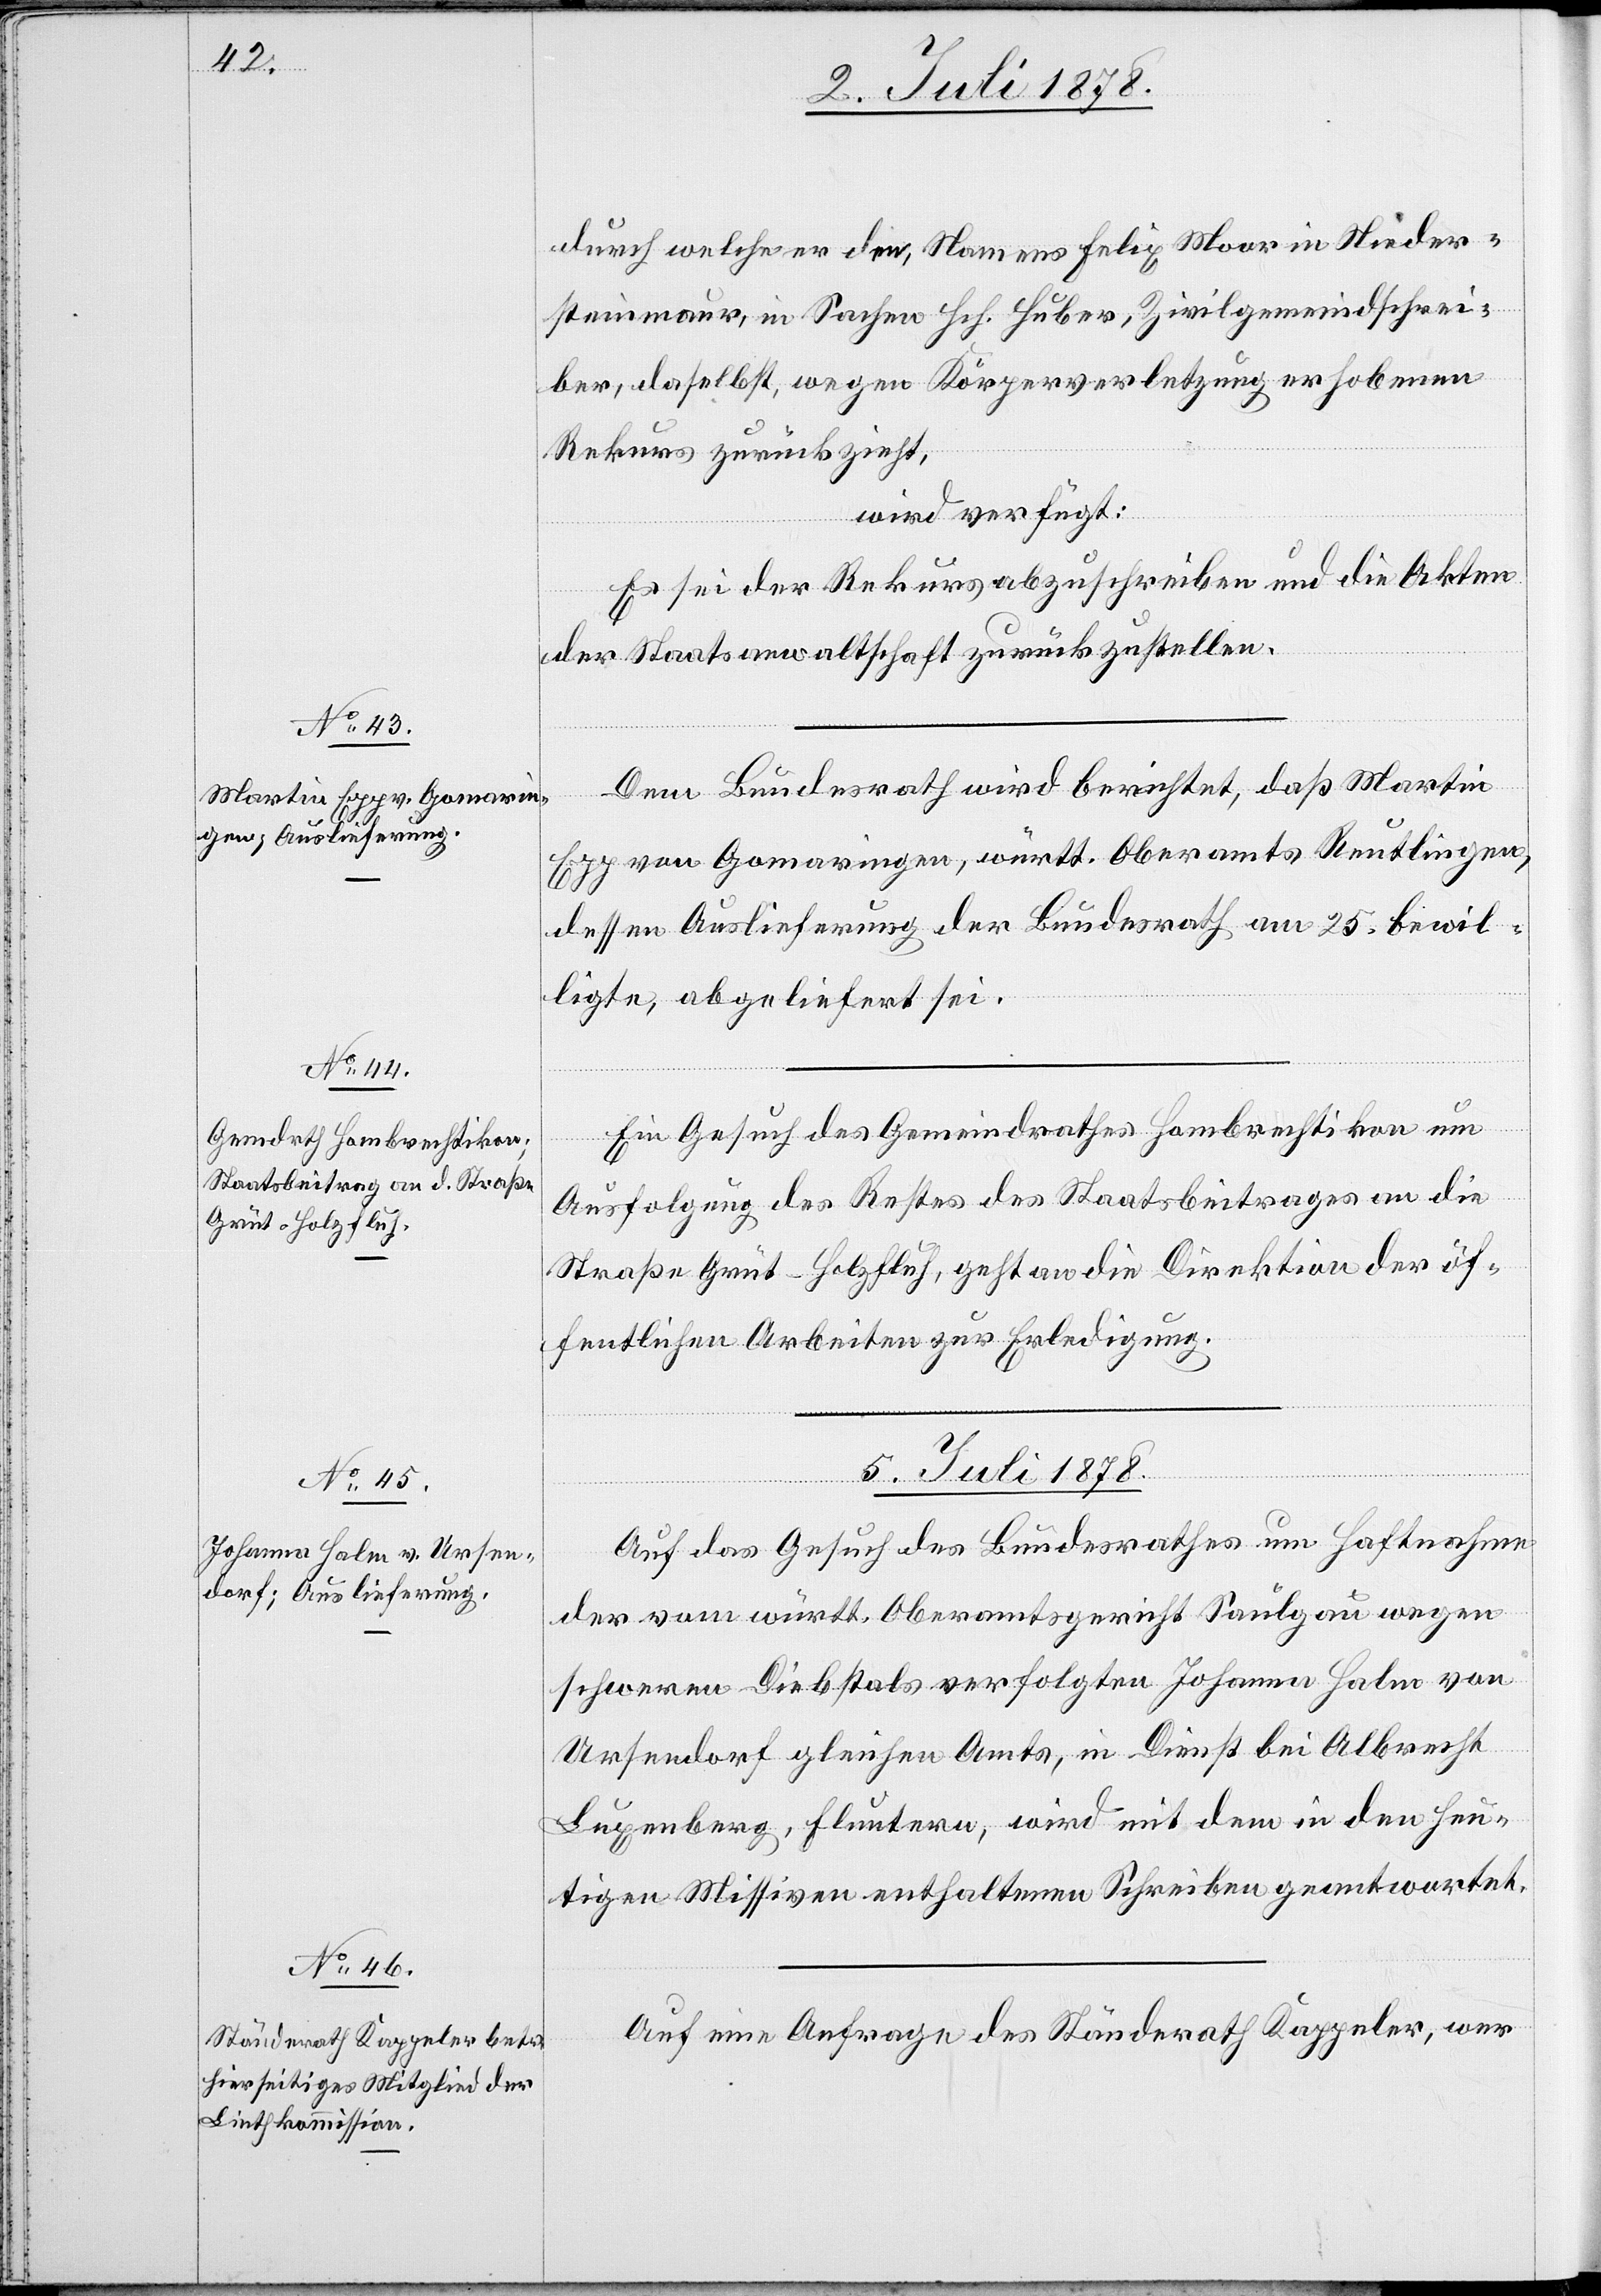
durch welche er den, Namens Felix Moor in Nieder¬
steinmaur, in Sachen Hch. Huber, Zivilgemeindschrei¬
ber, daselbst, wegen Körperverletzung erhobenen
Rekurs zurückzieht,
wird verfügt:
Es sei der Rekurs abzuschreiben und die Akten
der Staatsanwaltschaft zurückzustellen.
Dem Bundesrath wird berichtet, daß Martin
Epp von Gomaringen, württ. Oberamts Reutlingen,
dessen Auslieferung der Bundesrath am 25. bewil¬
ligte, abgeliefert sei.
Ein Gesuch des Gemeindrathes Hombrechtikon um
Ausfolgung des Restes des Staatsbeitrages an die
Straße Grüt–Holzfluh, geht an die Direktion der öf¬
fentlichen Arbeiten zur Erledigung.
5. Juli 1878.]
Auf das Gesuch des Bundesrathes um Haftnahme
der vom württ. Oberamtsgericht Saulgau wegen
schweren Diebstals verfolgten Johanna Halm von
Ursendorf gleichen Amts, in Dienst bei Albrecht
Luxenberg, Fluntern, wird mit dem in den heu¬
tigen Missiven enthaltenen Schreiben geantwortet.
Auf eine Anfrage des Ständerath Kappeler, wer